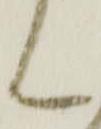
ん